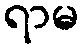
ရာမ